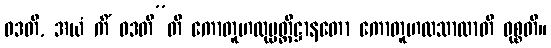
ဝဒတိ, အယံ ကိံ ဝဒတီ”တိ ကောတူဟလုပ္ပတ္တိဋ္ဌာနတော ကောတူဟလသာလာတိ ဝုစ္စတိ။